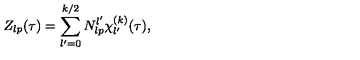
Z _ { l p } ( \tau ) = \sum _ { l ^ { \prime } = 0 } ^ { k / 2 } N _ { l p } ^ { l ^ { \prime } } \chi _ { l ^ { \prime } } ^ { ( k ) } ( \tau ) ,